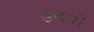
હલવો